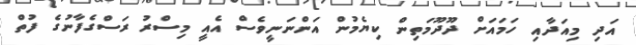
އަދި މިއަދާއި ހަމައަށް ދޫދޫމަތިން ކިޔެމުން އަންނަނީވެސް އެއީ މިސްރު ރަސްގެފާނުގެ ފުތް